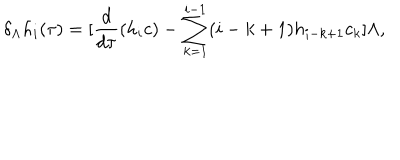
LaTeX: \delta _ { \Lambda } h _ { i } ( \tau ) = [ \frac { d } { d \tau } ( h _ { i } c ) - \sum _ { k = 1 } ^ { i - 1 } ( i - k + 1 ) h _ { i - k + 1 } c _ { k } ] \Lambda ,